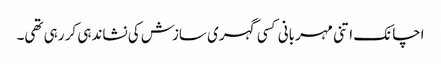
اچانک اتنی مہربانی کسی گہری سازش کی نشاندہی کر رہی تھی۔